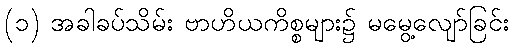
(၁) အခါခပ်သိမ်း ဗာဟိယကိစ္စများ၌ မမွေ့လျော်ခြင်း